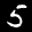
Label: 5